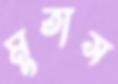
মুতাস